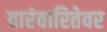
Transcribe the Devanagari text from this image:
वारंवारितेवर